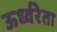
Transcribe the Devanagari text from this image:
ऊर्ध्वरेता